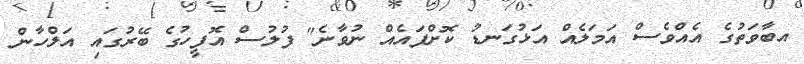
އބާވަތުގެ އެއްވެސް އަމަލެއް އަޅުގަނޑު ކޮށްފައެއް ނުވާނެ" ފުލުސް އޮފީހުގެ ބޭރުގައި އަލްހާން